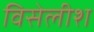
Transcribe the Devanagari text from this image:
विसेलीश